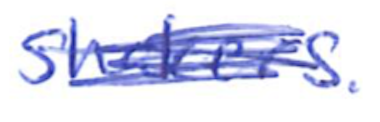
Text: Shakers.
Cross-out: scratch
Writing tool: ballpoint